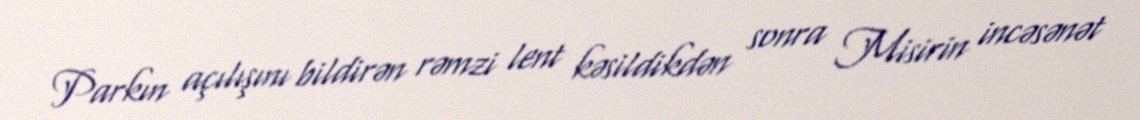
Parkın açılışını bildirən rəmzi lent kəsildikdən sonra Misirin incəsənət